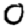
Digit: 0